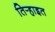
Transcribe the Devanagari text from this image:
तिर्‍हाइत